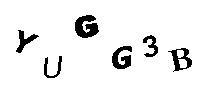
YUGG3B